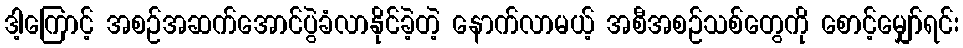
ဒါ့ကြောင့် အစဉ်အဆက်အောင်ပွဲခံလာနိုင်ခဲ့တဲ့ နောက်လာမယ့် အစီအစဉ်သစ်တွေကို စောင့်မျှော်ရင်း